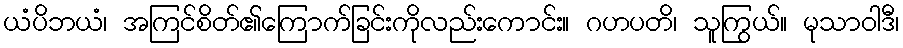
ယံပိဘယံ၊ အကြင်စိတ်၏ကြောက်ခြင်းကိုလည်းကောင်း။ ဂဟပတိ၊ သူကြွယ်။ မုသာဝါဒီ၊